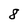
Character: 8